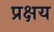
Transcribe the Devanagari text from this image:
प्रक्षय